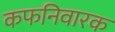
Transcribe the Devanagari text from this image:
कफनिवारक